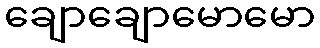
ချောချောမောမော